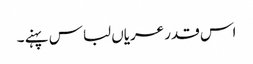
اس قدر عریاں لباس پہنے ۔